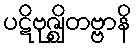
ပဋိဗုဇ္ဈိတဗ္ဗာနိ